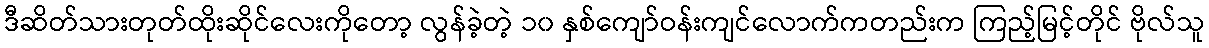
ဒီဆိတ်သားတုတ်ထိုးဆိုင်လေးကိုတော့ လွန်ခဲ့တဲ့ ၁၀ နှစ်ကျော်ဝန်းကျင်လောက်ကတည်းက ကြည့်မြင့်တိုင် ဗိုလ်သူ